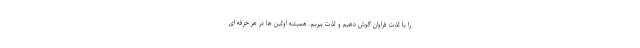
را با لذت فراوان گوش دهیم و لذت ببریم. همیشه اولین ها در هر حرفه ای